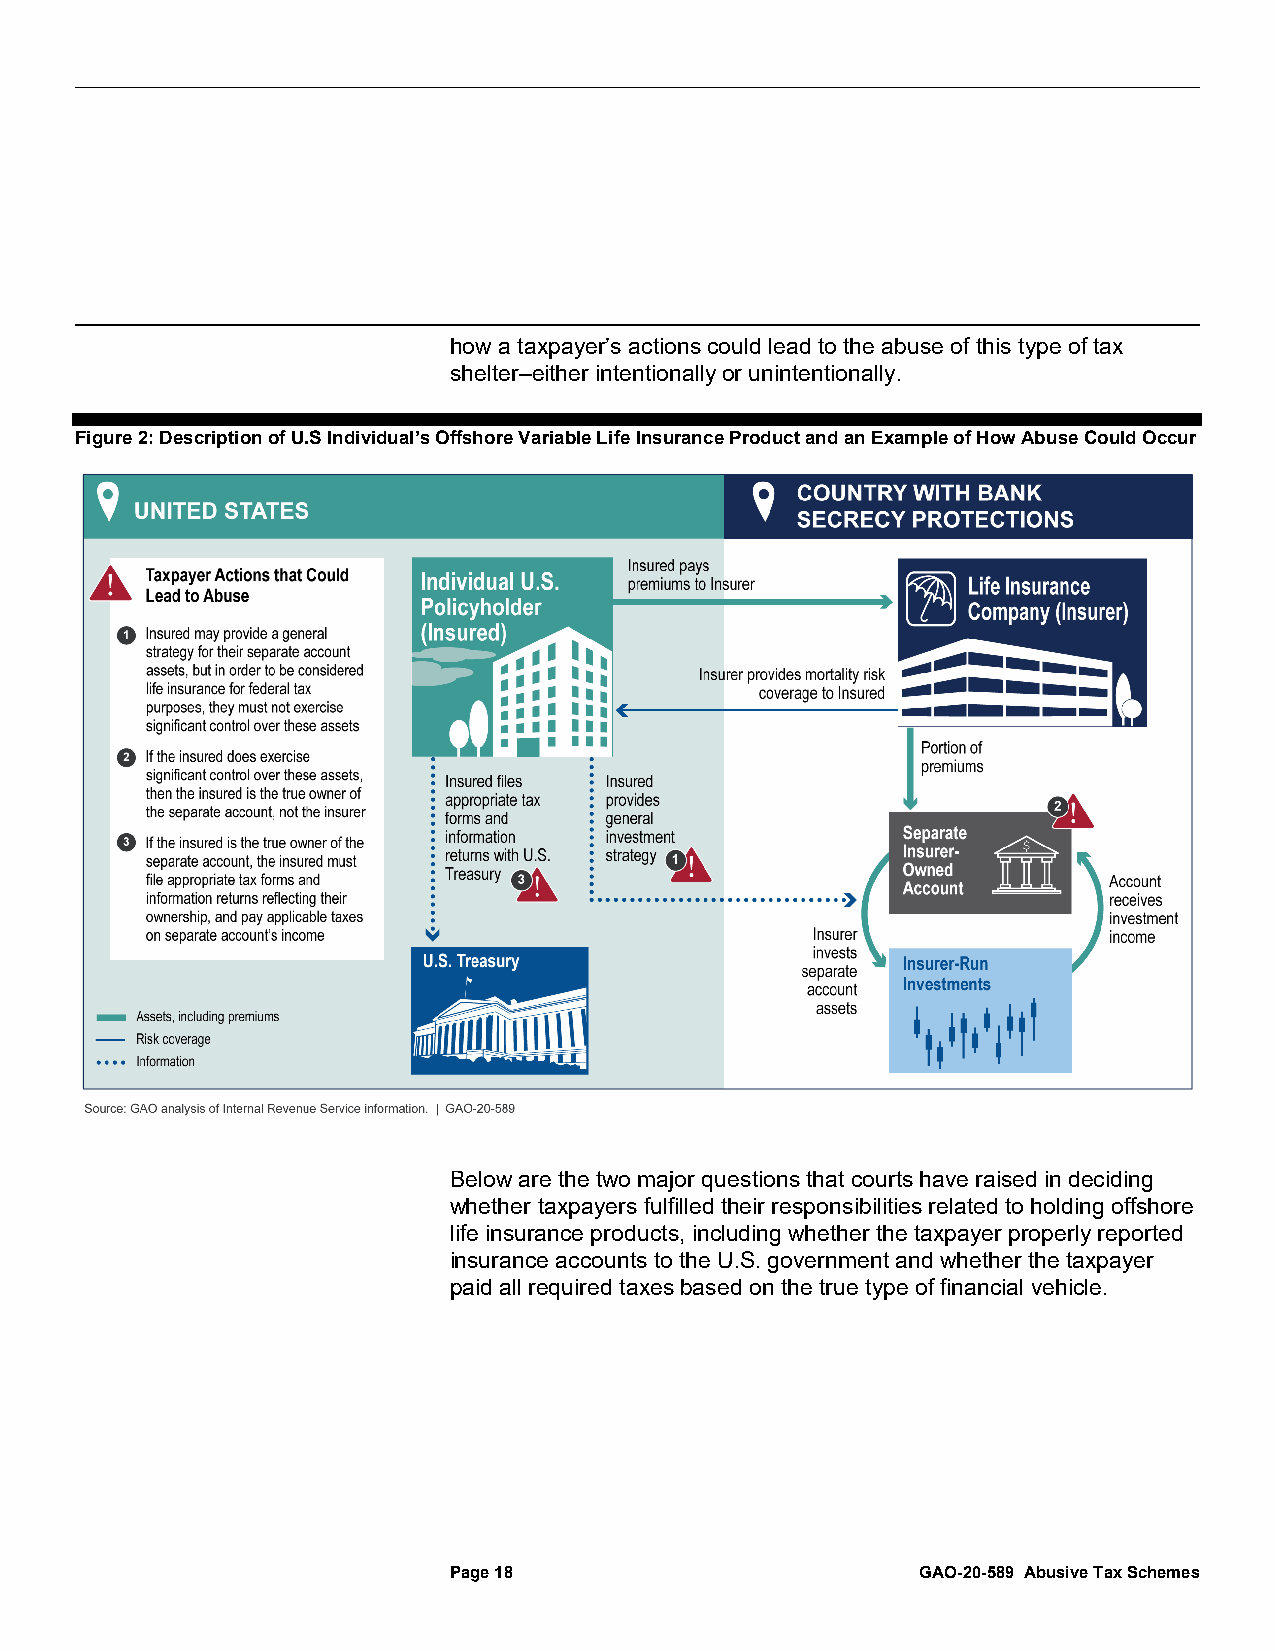
how a taxpayer’s actions could lead to the abuse of this type of tax
 shelter–either intentionally or unintentionally.
 Figure 2: Description of U.S Individual’s Offshore Variable Life Insurance Product and an Example of How Abuse Could Occur
 Below are the two major questions that courts have raised in deciding
 whether taxpayers fulfilled their responsibilities related to holding offshore
 life insurance products, including whether the taxpayer properly reported
 insurance accounts to the U.S. government and whether the taxpayer
 paid all required taxes based on the true type of financial vehicle.
 Page 18                        GAO-20-589 Abusive Tax Schemes